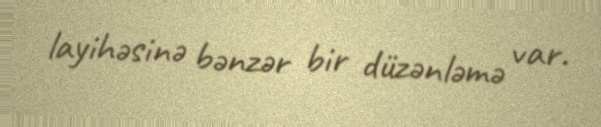
layihəsinə bənzər bir düzənləmə var.